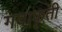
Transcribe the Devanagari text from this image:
गदाकृती